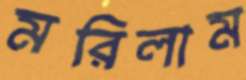
মরিলাম